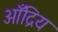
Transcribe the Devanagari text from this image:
आँद्रिय